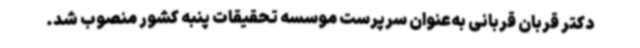
دکتر قربان قربانی به‌عنوان سرپرست موسسه تحقیقات پنبه کشور منصوب شد.